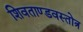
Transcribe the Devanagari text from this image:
शिवताण्डवस्तोत्र